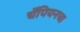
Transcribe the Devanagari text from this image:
चँपियनचा